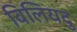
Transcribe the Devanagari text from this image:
विलियदु